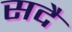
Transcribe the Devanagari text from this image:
सदै